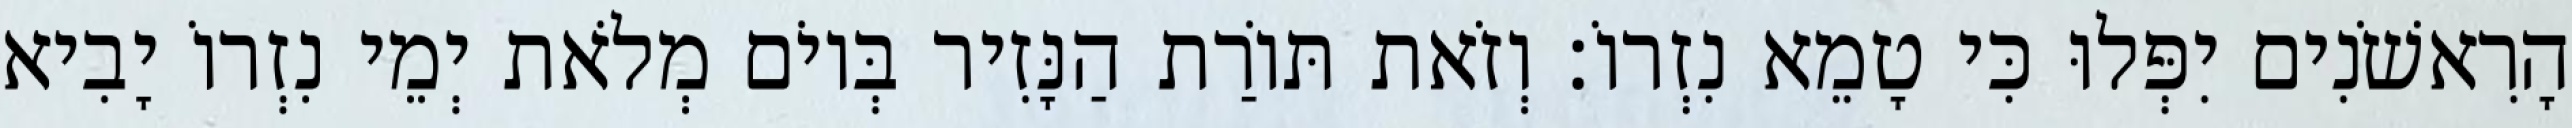
הָרִאשֹׁנִים יִפְּלוּ כִּי טָמֵא נִזְרוֹ׃ וְזֹאת תּוֹרַת הַנָּזִיר בְּיוֹם מְלֹאת יְמֵי נִזְרוֹ יָבִיא